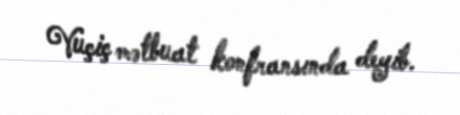
Vuçiç mətbuat konfransında deyib.